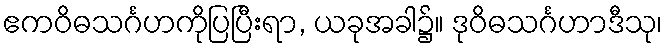
ဧကဝိဓသင်္ဂဟကိုပြပြီးရာ, ယခုအခါ၌။ ဒုဝိဓသင်္ဂဟာဒီသု၊